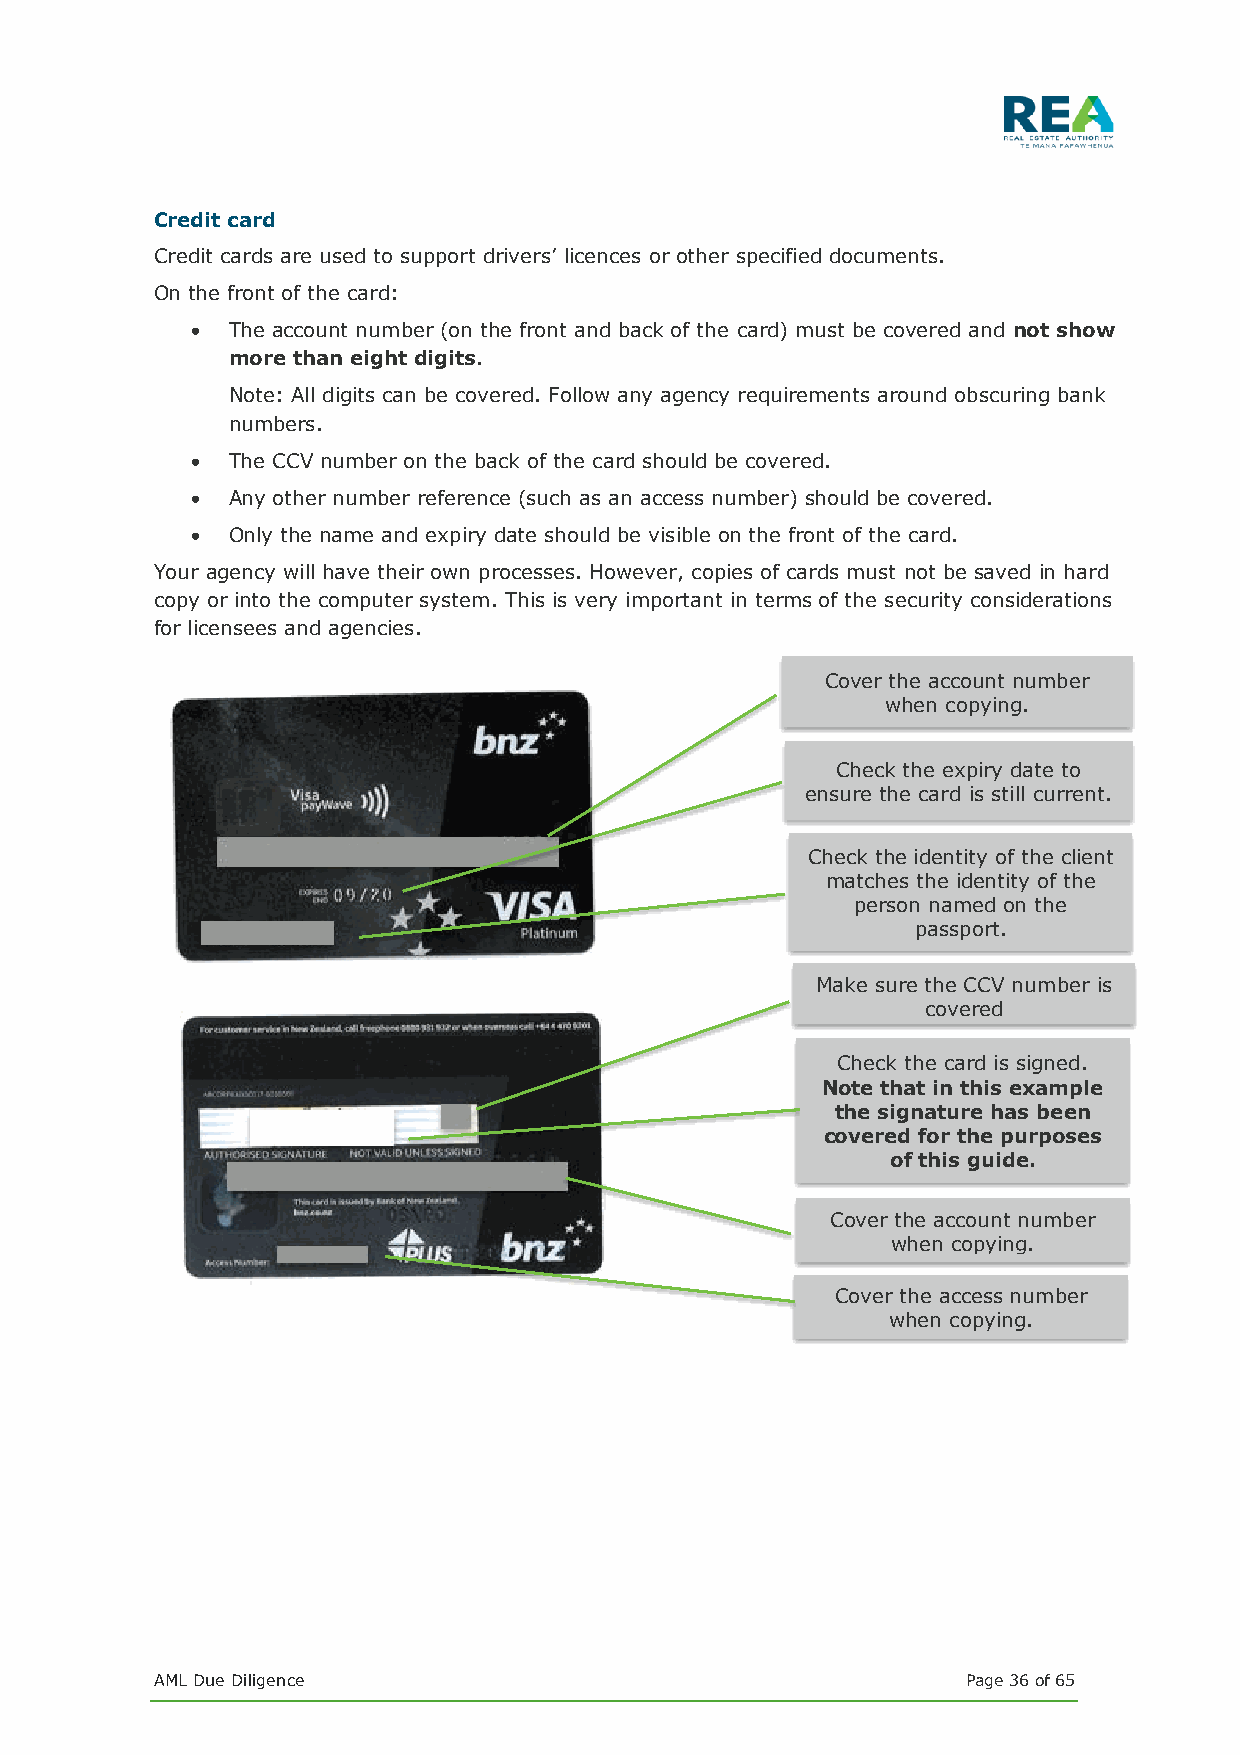
Credit card
 Credit cards are used to support drivers’ licences or other specified documents.
 On the front of the card:
 • The account number (on the front and back of the card) must be covered and not show
 more than eight digits.
 Note: All digits can be covered. Follow any agency requirements around obscuring bank
 numbers.
 • The CCV number on the back of the card should be covered.
 • Any other number reference (such as an access number) should be covered.
 • Only the name and expiry date should be visible on the front of the card.
 Your agency will have their own processes. However, copies of cards must not be saved in hard
 copy or into the computer system. This is very important in terms of the security considerations
 for licensees and agencies.
 Cover the account number
 when copying.
 Check the expiry date to
 ensure the card is still current.
 Check the identity of the client
 matches the identity of the
 person named on the
 passport.
 Make sure the CCV number is
 covered
 Check the card is signed.
 Note that in this example
 the signature has been
 covered for the purposes
 of this guide.
 Cover the account number
 when copying.
 Cover the access number
 when copying.
 AML Due Diligence                                     Page 36 of 65